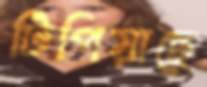
টিপিয়াছে